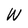
Character: W